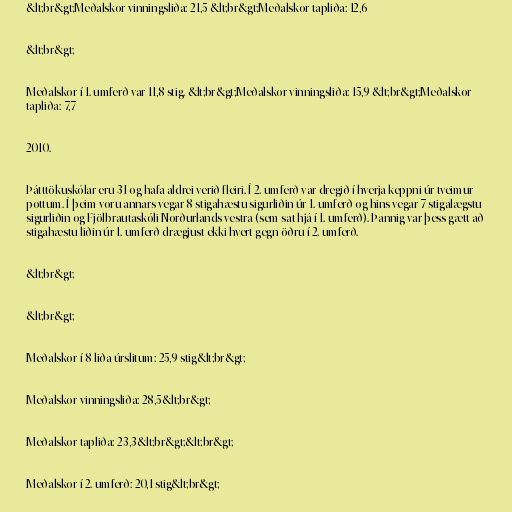
&lt;br&gt;Meðalskor vinningsliða: 21,5 &lt;br&gt;Meðalskor tapliða: 12,6

&lt;br&gt;

Meðalskor í 1. umferð var 11,8 stig. &lt;br&gt;Meðalskor vinningsliða: 15,9 &lt;br&gt;Meðalskor
tapliða: 7,7

2010.

Þátttökuskólar eru 31 og hafa aldrei verið fleiri. Í 2. umferð var dregið í hverja keppni úr tveimur
pottum. Í þeim voru annars vegar 8 stigahæstu sigurliðin úr 1. umferð og hins vegar 7 stigalægstu
sigurliðin og Fjölbrautaskóli Norðurlands vestra (sem sat hjá í 1. umferð). Þannig var þess gætt að
stigahæstu liðin úr 1. umferð drægjust ekki hvert gegn öðru í 2. umferð.

&lt;br&gt;

&lt;br&gt;

Meðalskor í 8 liða úrslitum: 25,9 stig&lt;br&gt;

Meðalskor vinningsliða: 28,5&lt;br&gt;

Meðalskor tapliða: 23,3&lt;br&gt;&lt;br&gt;

Meðalskor í 2. umferð: 20,1 stig&lt;br&gt;